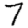
Digit: 7